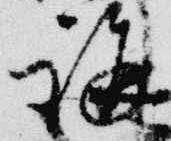
講